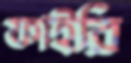
ফাইরি